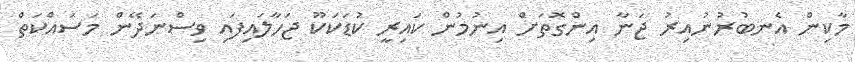
މާކިން އެނބުރުނުއިރު ޖަނާ އިންގޮތަށް އިނުމުން ކައިރީ ކުޑަކަކޫ ޖަހާލައިފައި ވިސްނަދޭން މަސައްކަތް